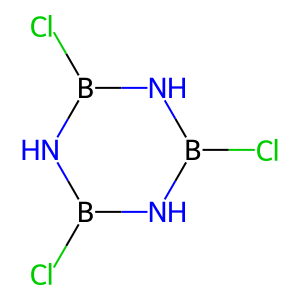
SMILES: ClB1NB(Cl)NB(Cl)N1
Inhibits HIV replication: No